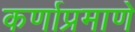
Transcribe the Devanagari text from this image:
कर्णाप्रमाणे